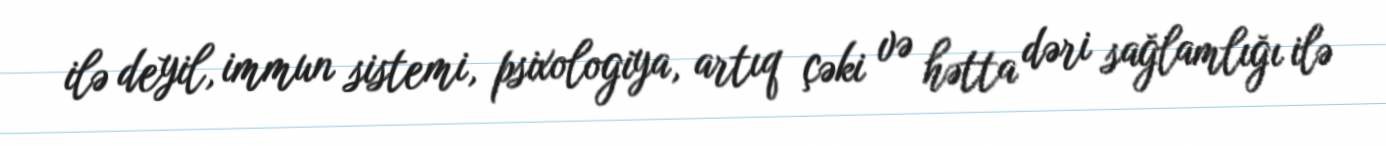
ilə deyil, immun sistemi, psixologiya, artıq çəki və hətta dəri sağlamlığı ilə